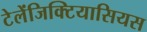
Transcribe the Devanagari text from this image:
टेलेंजिक्टियासियस